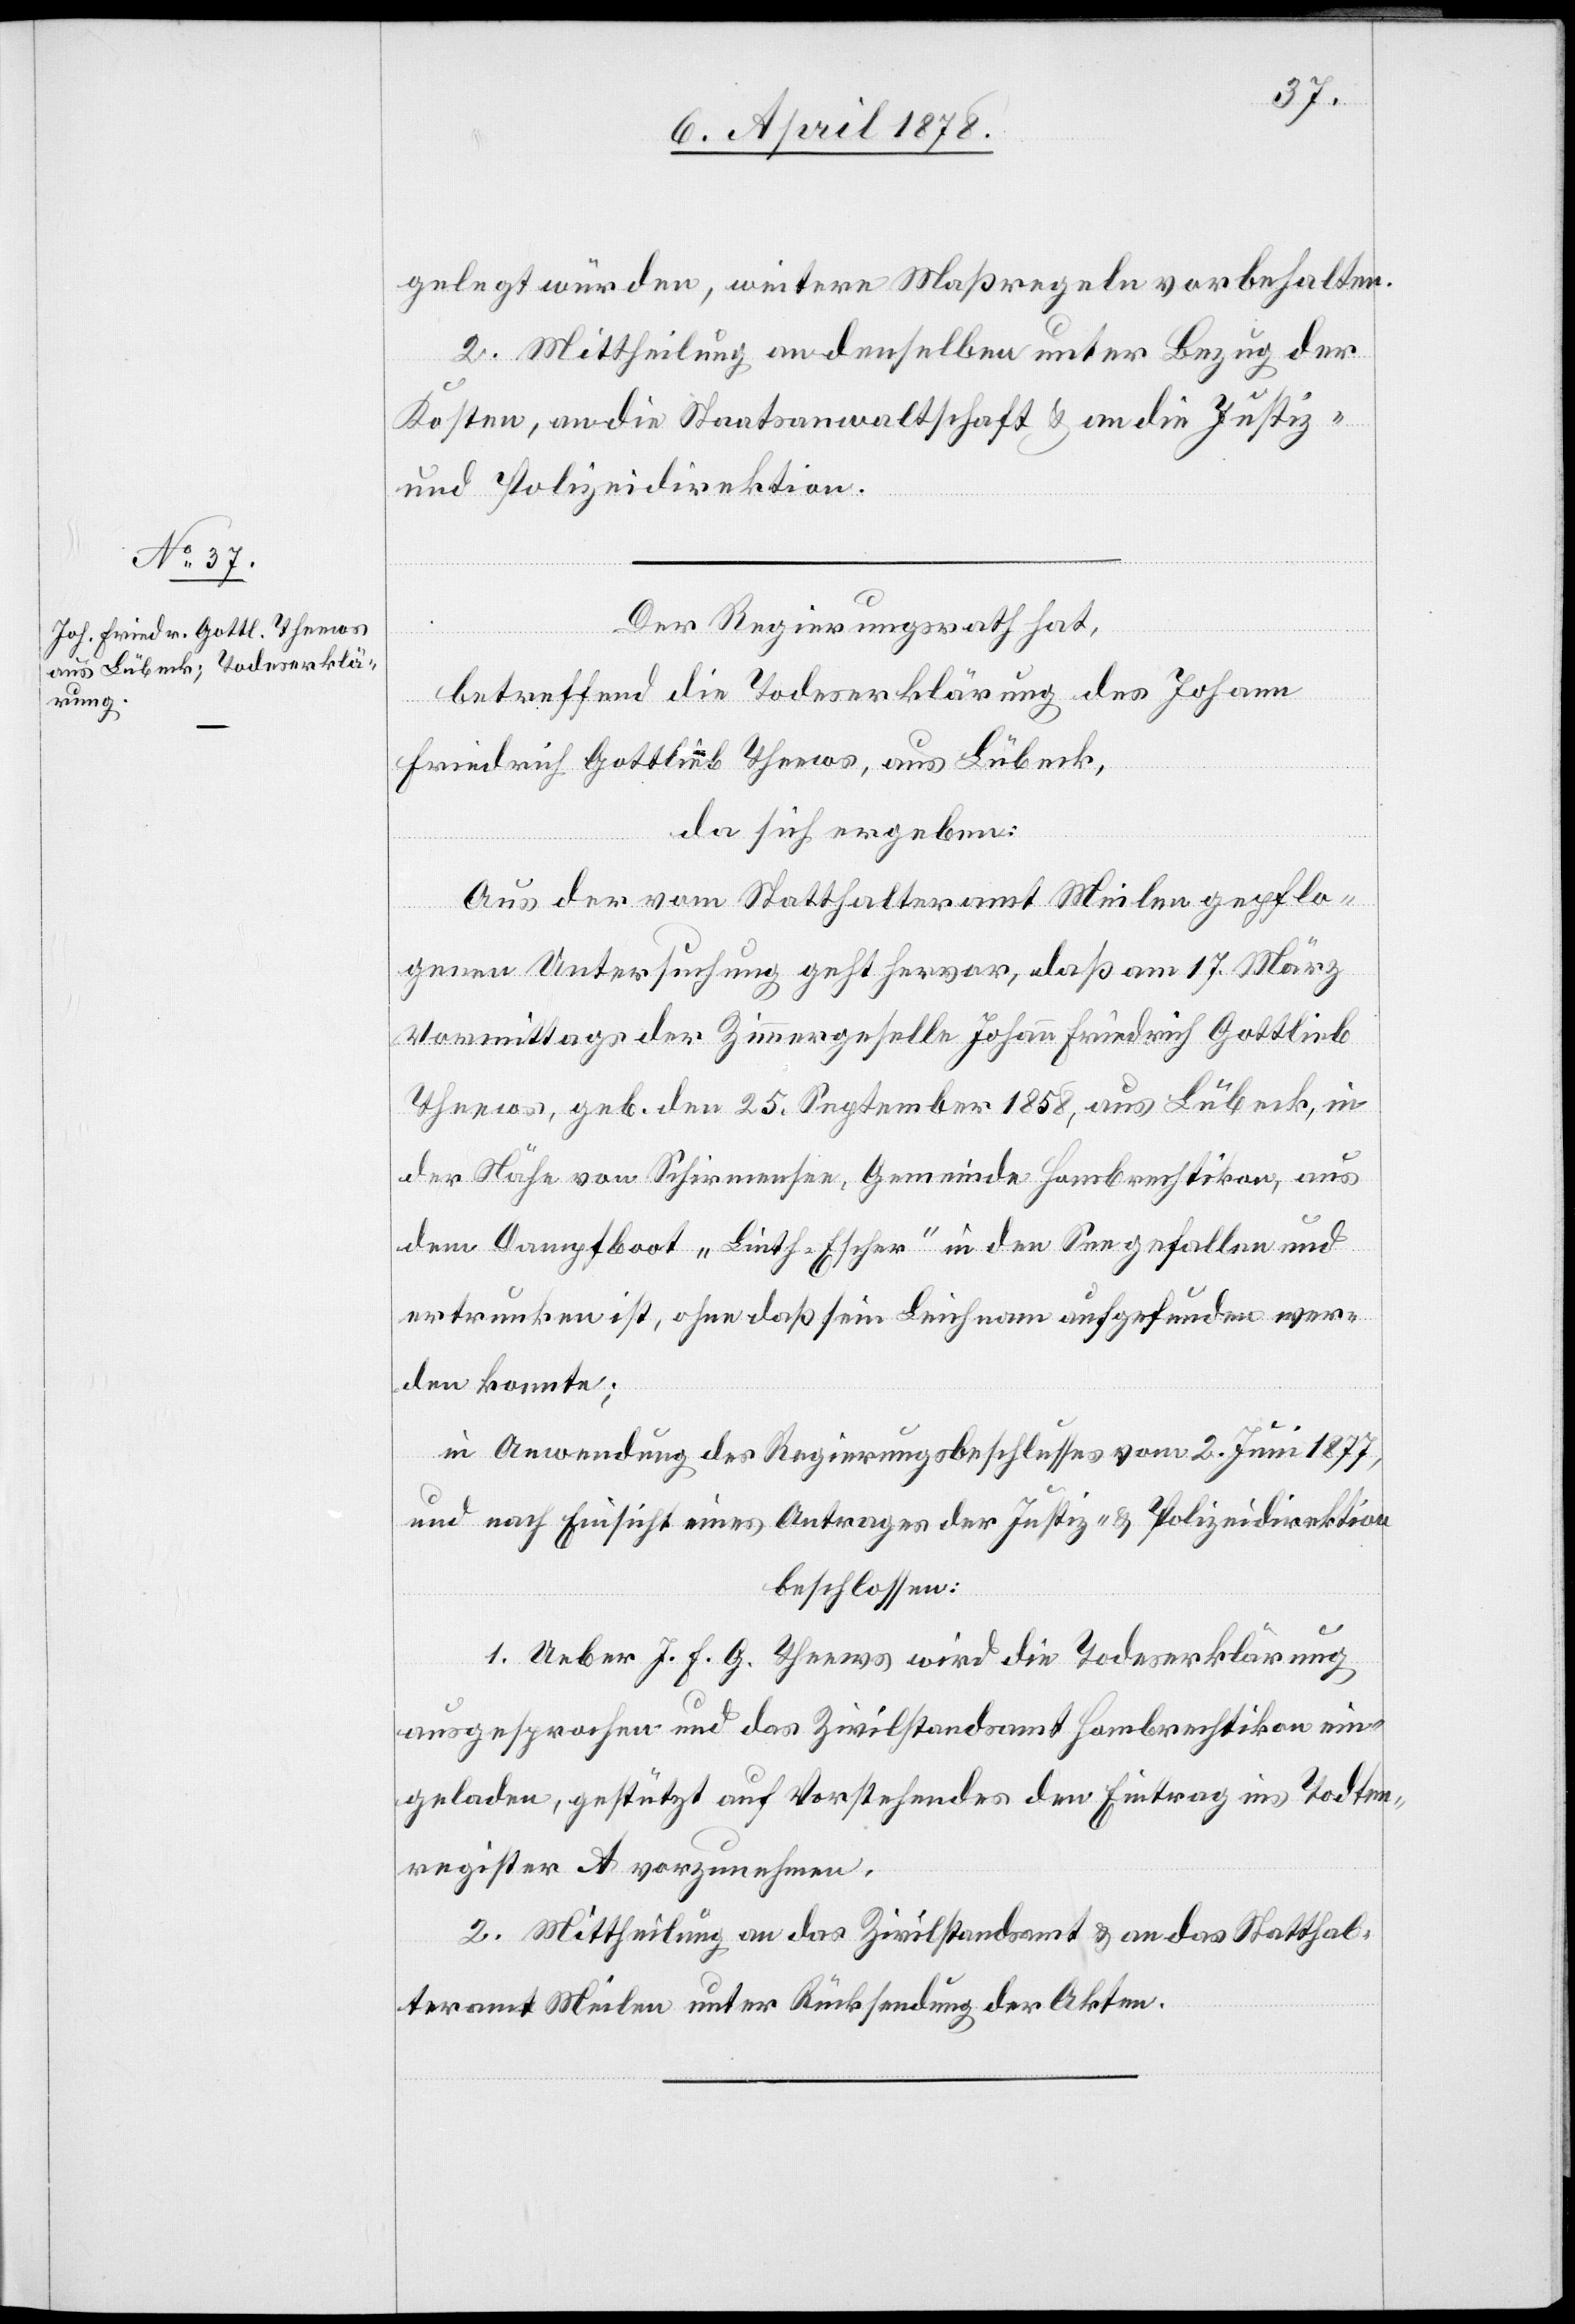
gelegt würden, weitere Maßregeln vorbehalten.
2. Mittheilung an denselben unter Bezug der
Kosten, an die Staatsanwaltschaft & an die Justiz-
und Polizeidirektion.
Der Regierungsrath hat,
betreffend die Todeserklärung des Johann
Friedrich Gottlieb Theews, aus Lübeck,
da sich ergeben:
Aus der vom Statthalteramt Meilen gepflo¬
genen Untersuchung geht hervor, daß am 17. März
Vormittags der Zimmergeselle Johann Friedrich Gottlieb
Theews, geb. den 25. September 1858, aus Lübeck, i¬
n Nähe von Schirmensee, Gemeinde Hombrechtikon, aus
dem Dampfboot „Linth-Escher“ in den See gefallen und
ertrunken ist, ohne daß sein Leichnam aufgefunden wer¬
den konnte;
in Anwendung des Regierungsbeschlusses vom 2. Juni 1877,
und nach Einsicht eines Antrages der Justiz- & Polizeidirektion
beschlossen:
1. Ueber J. F. G. Theews wird die Todeserklärung
ausgesprochen und das Zivilstandsamt Hombrechtikon ein¬
geladen, gestützt auf Vorstehendes den Eintrag ins Todten¬
register A vorzunehmen.
2. Mittheilung an das Zivilstandsamt & an das Statthal¬
teramt Meilen unter Rücksendung der Akten.